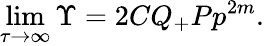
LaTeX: \operatorname*{lim}_{\tau\rightarrow\infty}\Upsilon=2CQ_{+}P{p}^{2m}.